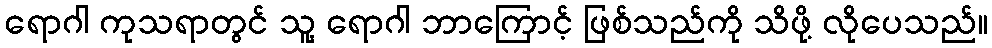
ရောဂါ ကုသရာတွင် သူ့ ရောဂါ ဘာကြောင့် ဖြစ်သည်ကို သိဖို့ လိုပေသည်။